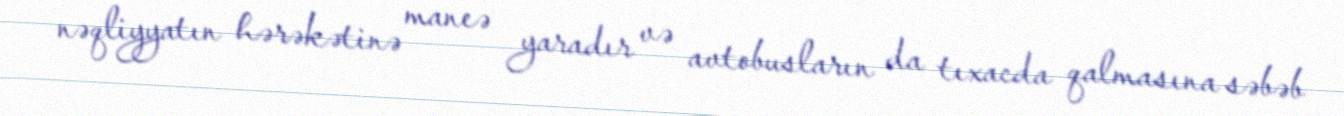
nəqliyyatın hərəkətinə maneə yaradır və avtobusların da tıxacda qalmasına səbəb